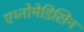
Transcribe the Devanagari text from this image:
एथ्नोमेडिसिन